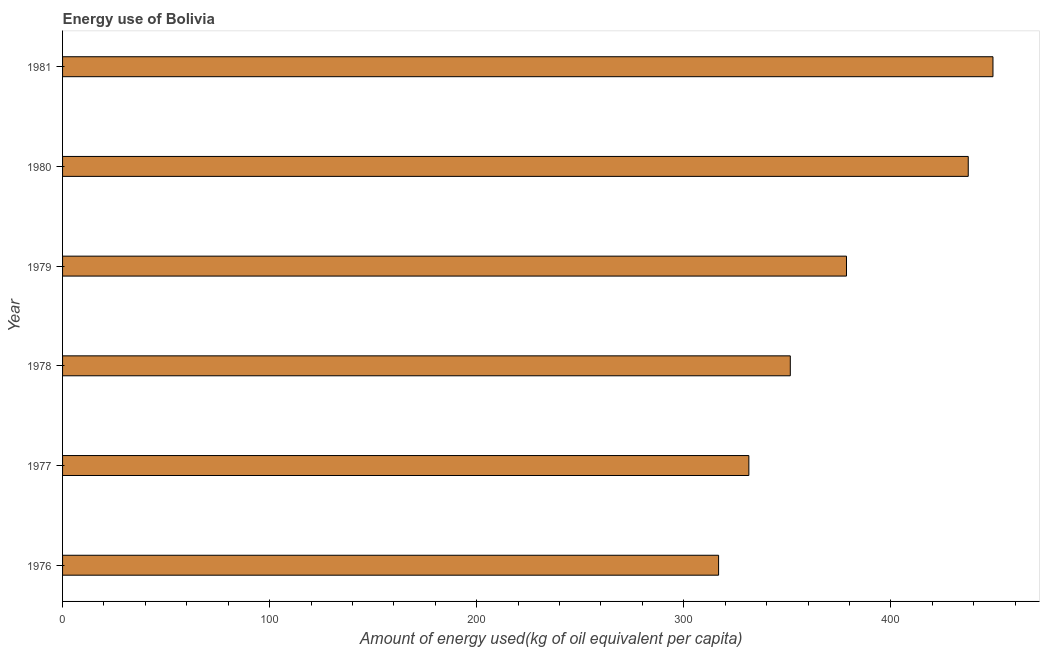
| Year | Energy use  |
 | --- | --- |
 | 1976 | 317 |
 | 1977 | 331 |
 | 1978 | 351 |
 | 1979 | 379 |
 | 1980 | 437 |
 | 1981 | 449 |